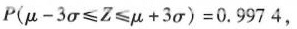
$$P ( μ - 3σ ≤ Z ≤ μ + 3 σ ) = 0 . 9 9 7 4$$，